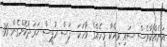
އަނެއްކާވެސް ސައި ވިއްކާ މީހެއްގެ ވާހަކަ  ފަސް ރުޕީސް ޚަރަދުކޮށްގެން 30